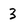
Character: 3